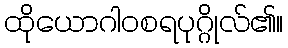
ထိုယောဂါဝစရပုဂ္ဂိုလ်၏။